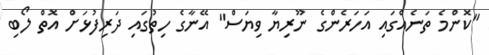
"ކޮންމެ ތަނެއްގައި އަހަރެންގެ ނޫރިޔާ ވިޔަސް" އޭނާގެ ހިތުގައި ދަރިފުޅަށް އޮތް ލޯބި